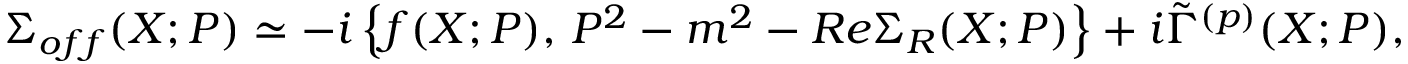
\Sigma _ { o f f } ( X ; P ) \simeq - i \left\{ f ( X ; P ) , \, P ^ { 2 } - m ^ { 2 } - R e \Sigma _ { R } ( X ; P ) \right\} + i \tilde { \Gamma } ^ { ( p ) } ( X ; P ) ,